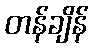
တန်ချိန်